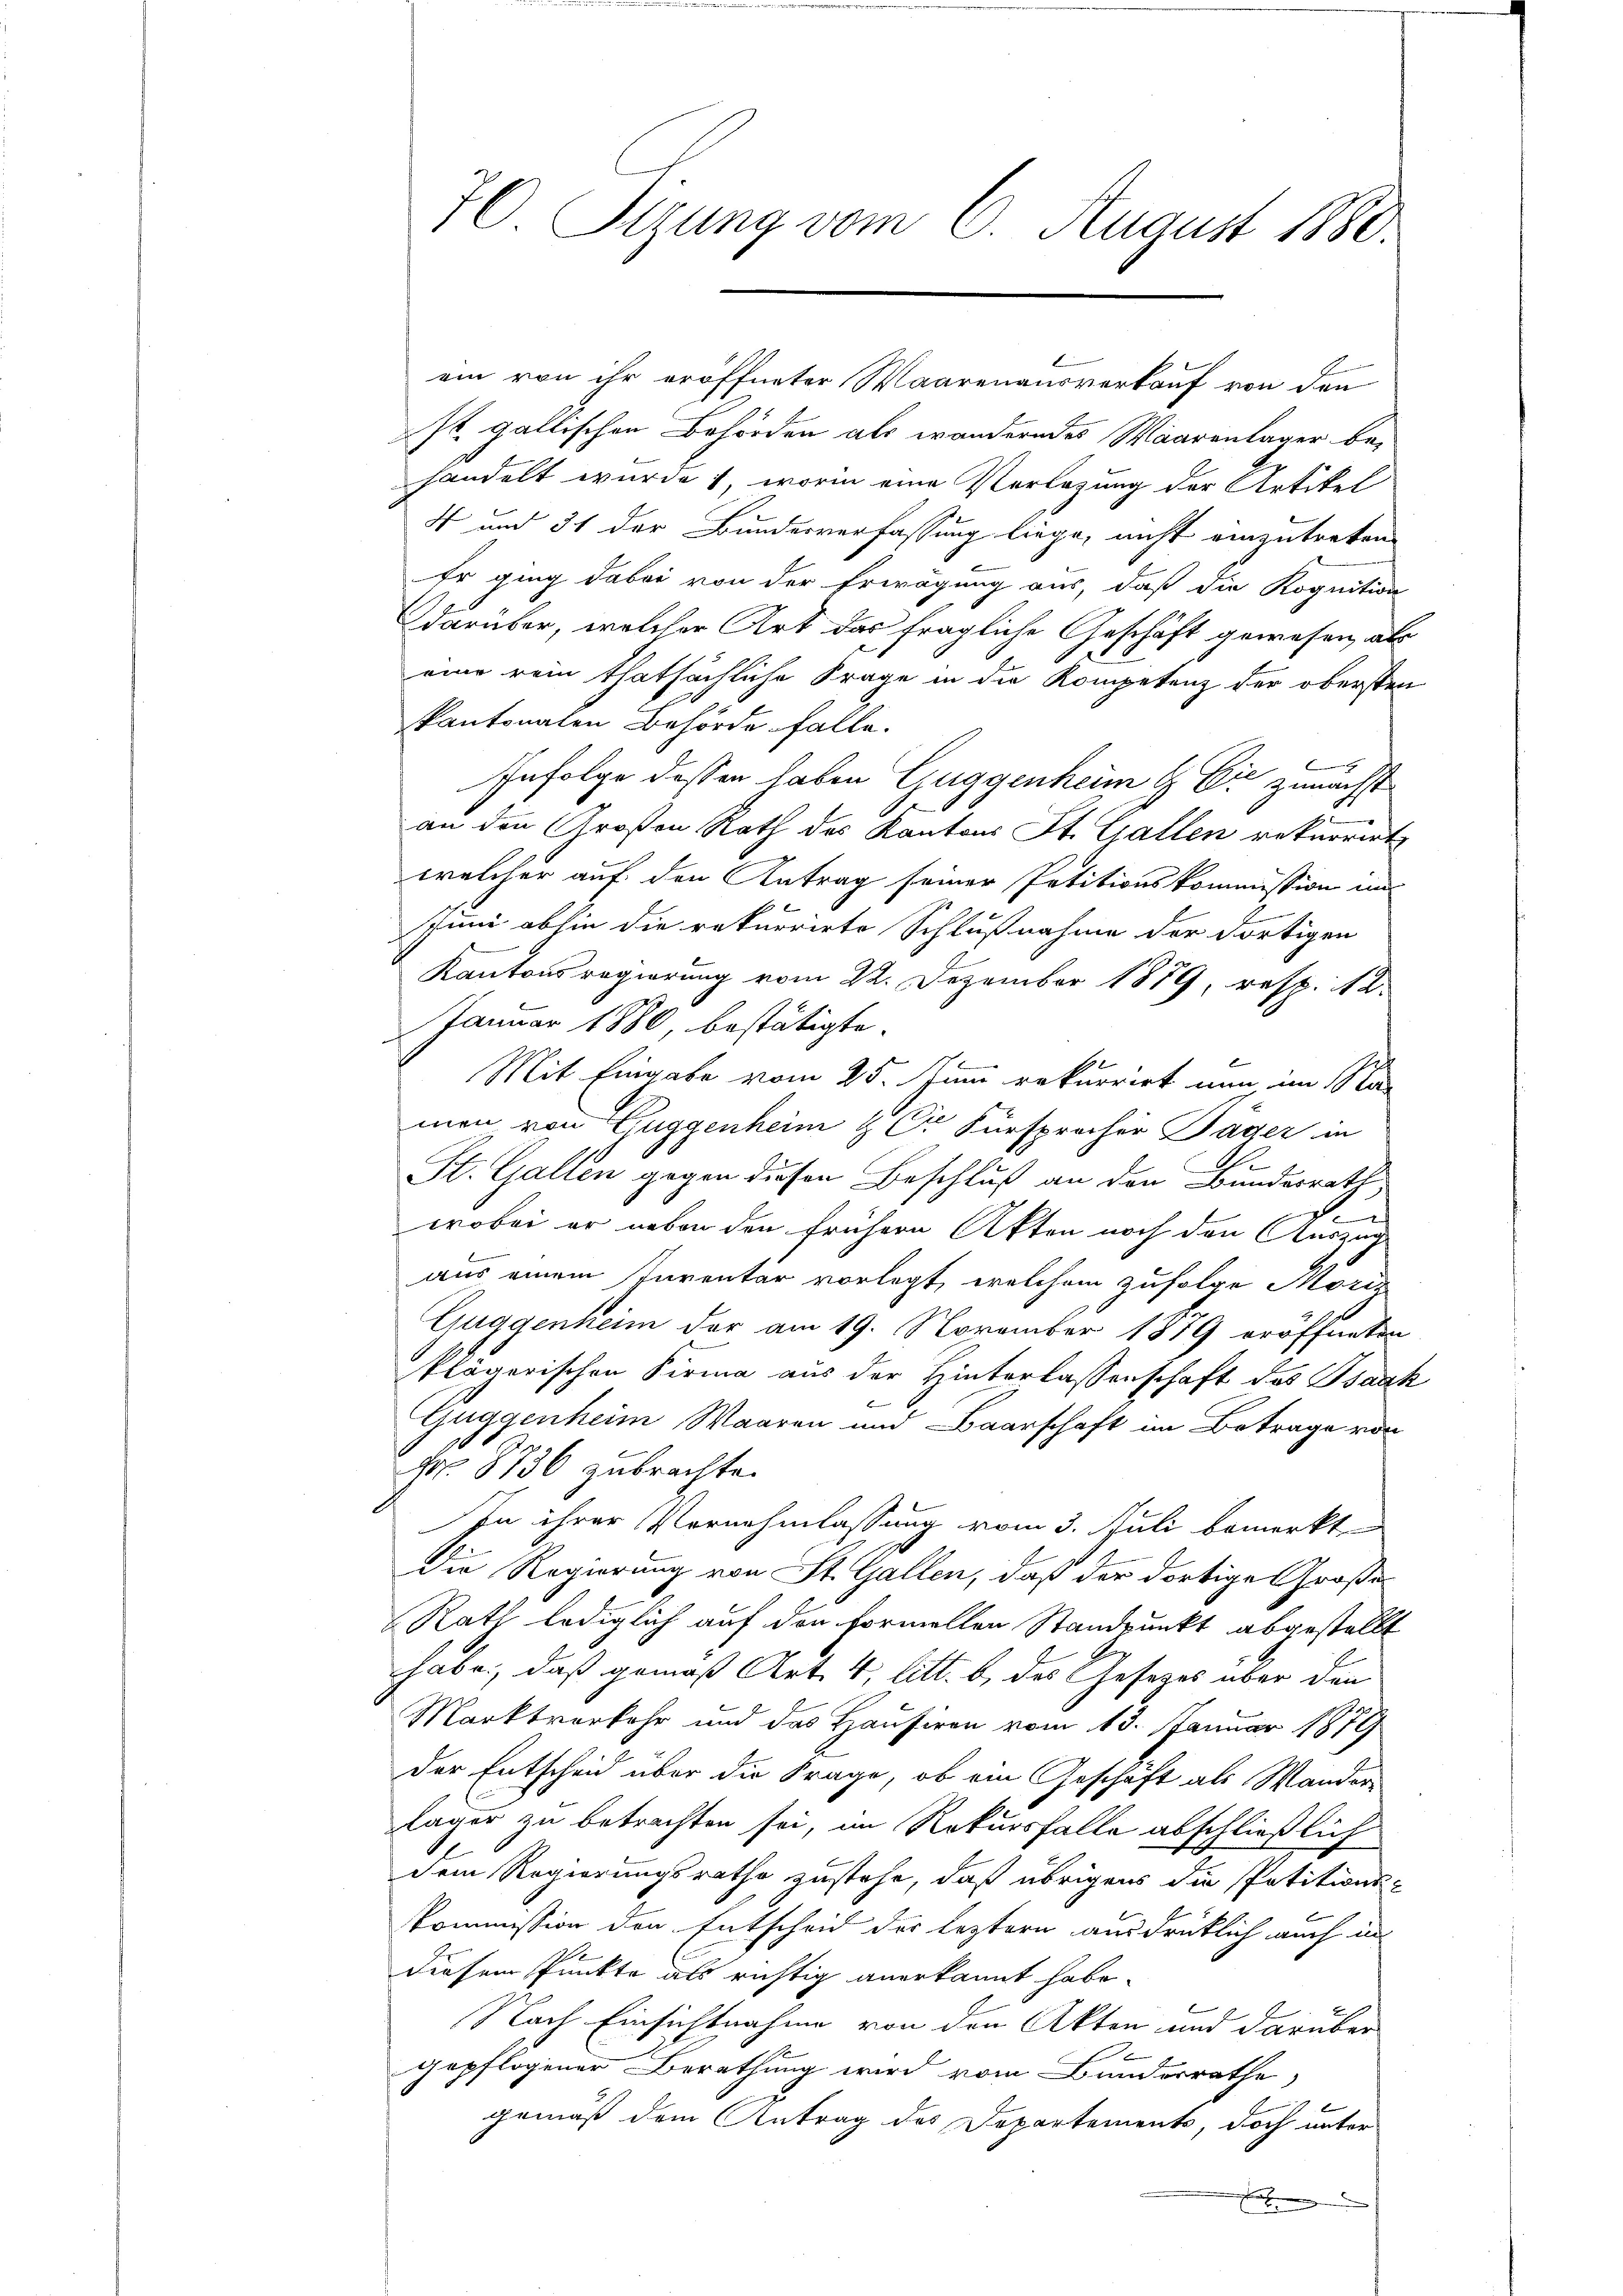
70. Sigung vom 6. August 1880.

st. gallischen Behörden als wanderndes Waarenlager behandelt wurde; worin eine Verlegung der Artikel
4 und 31 der Bundesverfassung liege, nicht einzutreten
Er ging dabei von der Erwägung aus, daß die Kognition
darüber, welcher Art das fragliche Geschäft gewesen, als
eine rein thatsächliche Frage in die Kompetenz der obersten
skantonalen Behörde falle.
x
Infolge dessen haben Guggenheim H. Er zunächst
an den Großen Rath des Kantons St. Gallen rekurrirt
welcher auf den Antrag seiner Petitionskommission im
E
Juni abhin die rekurrirte Schlußnahme der dortigen
Kantonsregierung vom 22. Dezember 1889, resp. 12.
Januar 1880, bestätigte
Mit Eingabe vom 25. Juni rekurrirt nun im Na
men von Guggenheim & Cr Fürsprocher Täger in
St. Gallen gegen diesen Beschluß an den Bundesrath
g
.
wobei er neben den frühern Akten noch den Auszug
aus einem Inventar vorlegt, welchem zufolge Moriz
Guggenheim der am 19. November 1879 eröffneten
klägerischen Firma aus der Hinterlassenschaft das Isaak
b
Guggenheim Waaren und Baarschaft im Betrage von
Nr. 8736 zubrachte.
In ihrer Vornehmlassung vom 3. Juli bemerkt
Die Regierung von St. Gallen, daß der dortige Große
Rath lediglich auf den Formellen Standpunkt abgestellt
habe, daß gemäß Art. 4, litt. b. des Gesetzes über den
Marktverkehr und des Hausiren vom 13. Januar 1879
der Entscheid über die Frage, ob ein Geschaft als Wanderläger zu betrachten sei, im Rekursfalle abschließlich
dem Regierungsrathe zustehe, daß übrigens die Petitions-
Kommission den Entscheid der leztern ausdrücklich auch in
diesem Punkte als richtig anerkannt habe.
Nach Einsichtnahme von den Akten und darüber
gepflogener Berathung wird vom Bunderrathe
gemäß dem Antrag des Departements, doch unter
h

ein von ihr eröffneter Waarenausverkauf von den